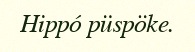
Hippó püspöke.